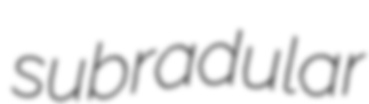
subradular